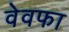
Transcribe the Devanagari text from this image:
वेवफा